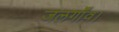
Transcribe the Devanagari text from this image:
जलगाँव।